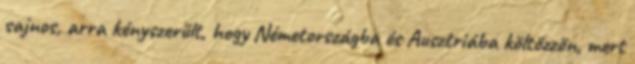
sajnos, arra kényszerült, hogy Németországba és Ausztriába költözzön, mert